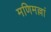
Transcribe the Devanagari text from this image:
मणिमल्लां